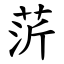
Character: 䓅